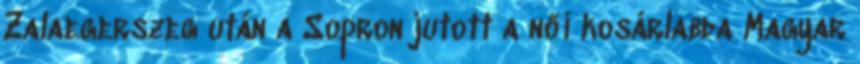
Zalaegerszeg után a Sopron jutott a női kosárlabda Magyar